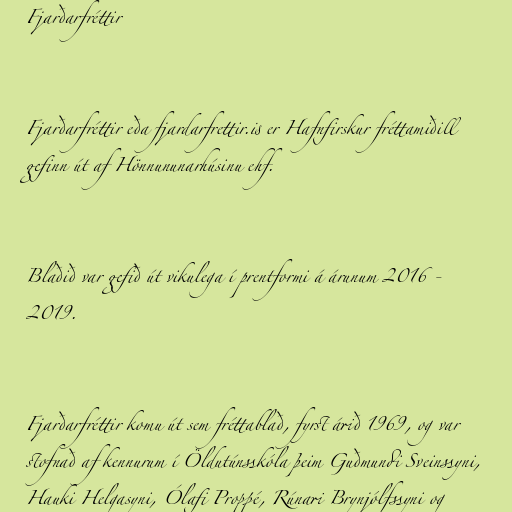
Fjarðarfréttir

Fjarðarfréttir eða fjardarfrettir.is er Hafnfirskur fréttamiðill
gefinn út af Hönnununarhúsinu ehf.

Blaðið var gefið út vikulega í prentformi á árunum 2016 -
2019.

Fjarðarfréttir komu út sem fréttablað, fyrst árið 1969, og var
stofnað af kennurum í Öldutúnsskóla þeim Guðmundi Sveinssyni,
Hauki Helgasyni, Ólafi Proppé, Rúnari Brynjólfssyni og